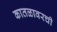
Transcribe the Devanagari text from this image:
कातळावरची